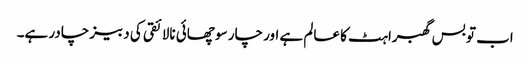
اب تو بس گھبراہٹ کا عالم ہے اور چار سو چھائی نالائقی کی دبیز چادر ہے۔